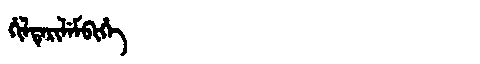
Manchu: ᡥᡳᠯᡨᡝᡵᡳᠯᡝᠮᠪᡳᡥᡝ
Romanization: HILTERILEMBIHE